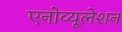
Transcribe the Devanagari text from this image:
एनोव्यूलेशन